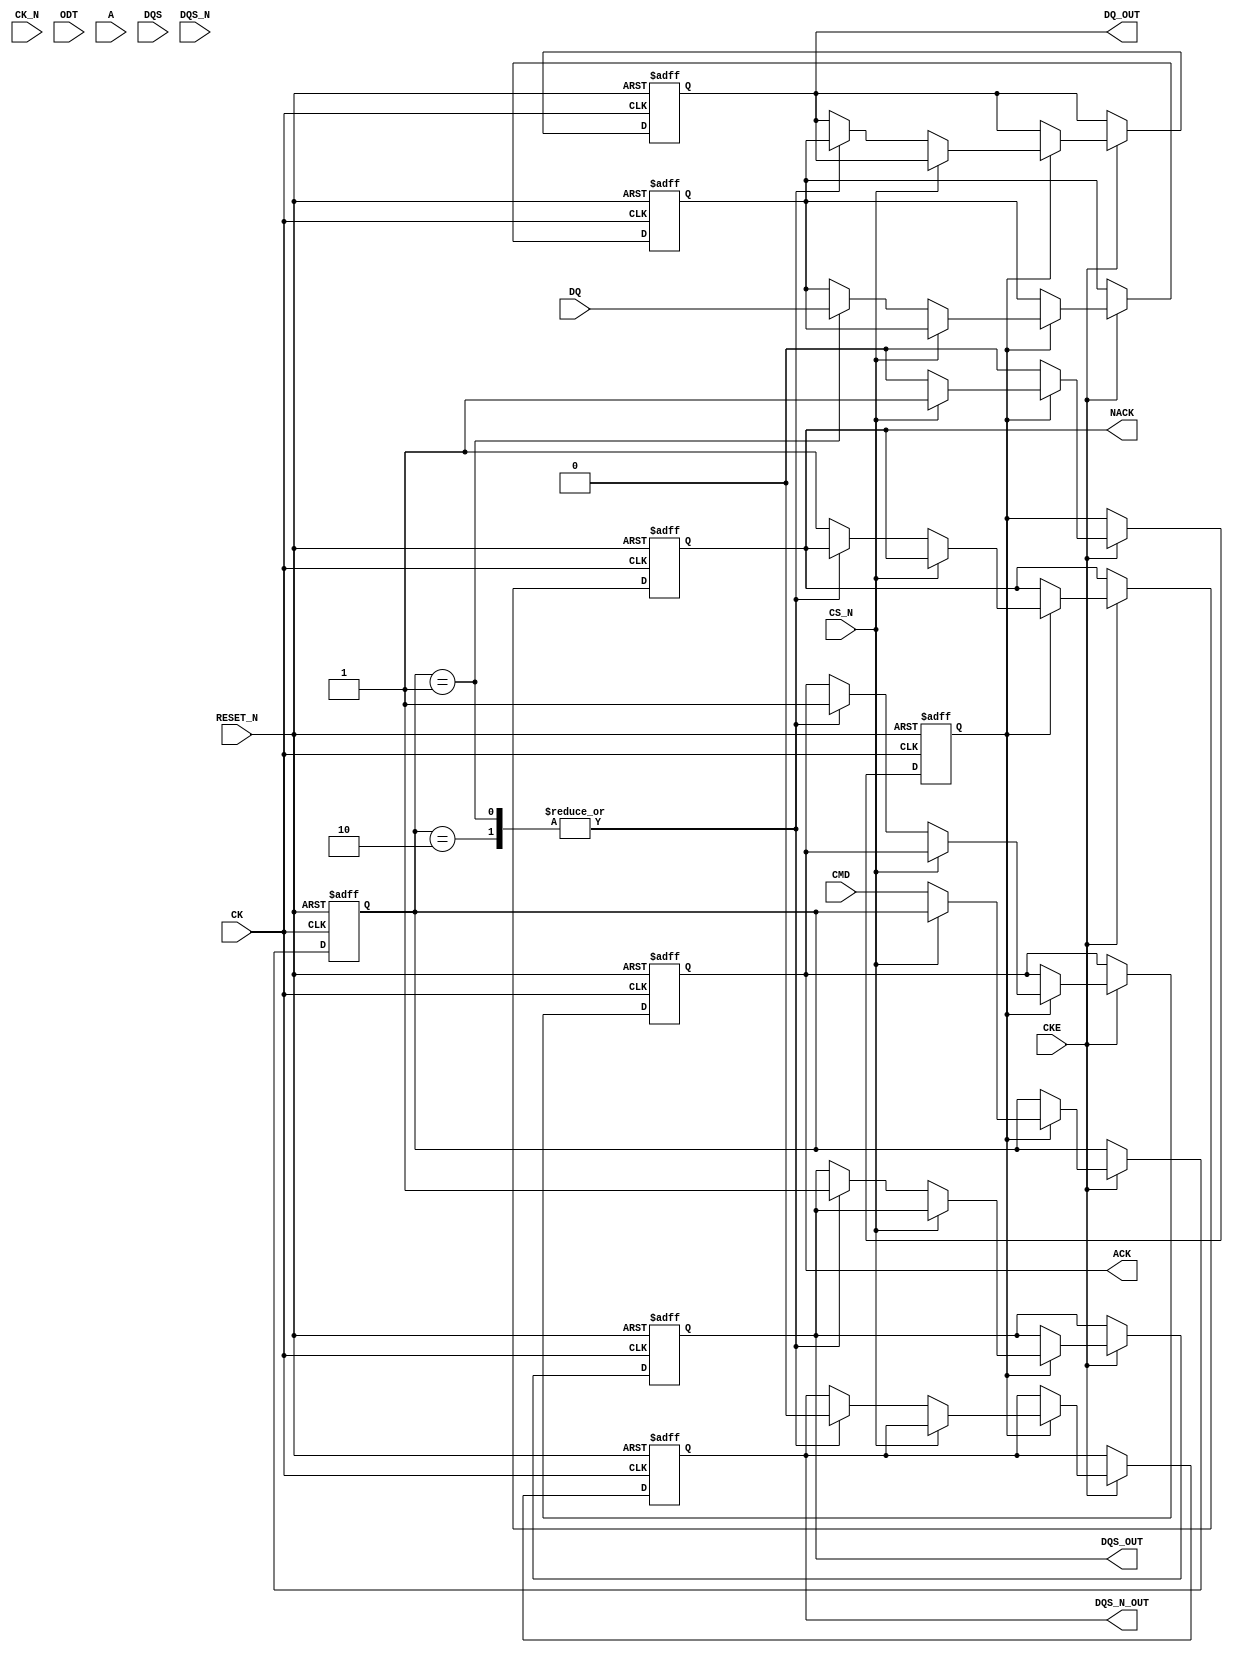
module gddr_io_block #(
    parameter DATA_WIDTH = 32, // Configurable data bus width (16, 32, 64)
    parameter ADDR_WIDTH = 16   // Address width
)(
    // Input Signals
    input wire CK,              // Clock input
    input wire CK_N,            // Inverted clock input
    input wire CKE,             // Clock enable
    input wire CS_N,            // Chip select (active low)
    input wire ODT,             // On-die termination
    input wire [ADDR_WIDTH-1:0] A, // Address lines
    input wire [3:0] CMD,       // Command lines
    input wire [DATA_WIDTH-1:0] DQ, // Data input lines
    input wire DQS,             // Data strobe input
    input wire DQS_N,           // Inverted data strobe input
    input wire RESET_N,         // Asynchronous reset (active low)

    // Output Signals
    output reg [DATA_WIDTH-1:0] DQ_OUT, // Data output lines
    output reg DQS_OUT,          // Data strobe output
    output reg DQS_N_OUT,        // Inverted data strobe output
    output reg ACK,              // Acknowledgment signal
    output reg NACK              // Negative acknowledgment signal
);

// Internal signals
reg [DATA_WIDTH-1:0] data_buffer; // Buffer for data
reg [ADDR_WIDTH-1:0] address;      // Address register
reg [3:0] command;                 // Command register
reg power_state;                   // Power state register

// Power Management States
localparam POWER_ACTIVE = 1'b0;
localparam POWER_IDLE = 1'b1;

// Asynchronous reset logic
always @(posedge CK or negedge RESET_N) begin
    if (!RESET_N) begin
        // Reset all registers
        data_buffer <= 0;
        address <= 0;
        command <= 0;
        power_state <= POWER_IDLE;
        DQ_OUT <= 0;
        DQS_OUT <= 0;
        DQS_N_OUT <= 0;
        ACK <= 0;
        NACK <= 0;
    end else if (CKE) begin
        // Power management logic
        if (power_state == POWER_IDLE) begin
            // Transition to active state on command
            if (!CS_N) begin
                power_state <= POWER_ACTIVE;
                command <= CMD;
                address <= A;
                // Process command
                case (command)
                    4'b0001: begin // Example command for write
                        data_buffer <= DQ;
                        DQ_OUT <= data_buffer;
                        DQS_OUT <= 1'b1; // Assert DQS for write
                        DQS_N_OUT <= 1'b0; // Assert DQS# for write
                        ACK <= 1'b1; // Acknowledge write
                    end
                    4'b0010: begin // Example command for read
                        DQ_OUT <= data_buffer; // Output buffered data
                        DQS_OUT <= 1'b1; // Assert DQS for read
                        DQS_N_OUT <= 1'b0; // Assert DQS# for read
                        ACK <= 1'b1; // Acknowledge read
                    end
                    default: begin
                        NACK <= 1'b1; // Negative acknowledgment for invalid command
                    end
                endcase
            end
        end
    end
end

endmodule